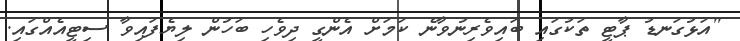
"އަޅުގަނޑު ޕާޓީ ތަކުގައި ބައިވެރިނުވާނެ ކަމަށް އެންގީ ދިވެހި ބަހުން ލިޔެފައިވާ ސިޓީއެއްގައި.